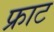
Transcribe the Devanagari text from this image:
फ्राट